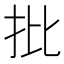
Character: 批